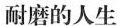
耐磨的人生